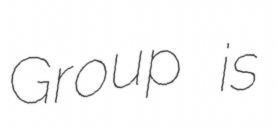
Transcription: Group is